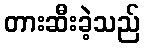
တားဆီးခဲ့သည်